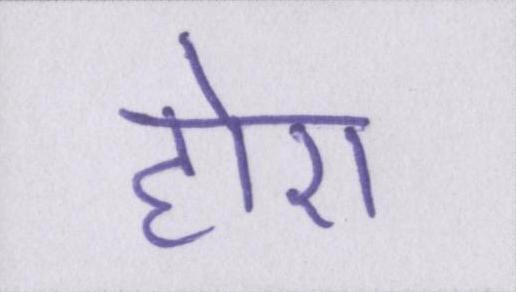
होए